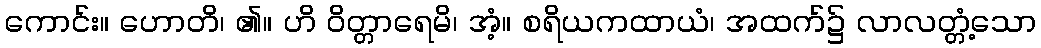
ကောင်း။ ဟောတိ၊ ၏။ ဟိ ဝိတ္တာရေမိ၊ အံ့။ စရိယကထာယံ၊ အထက်၌ လာလတ္တံ့သော